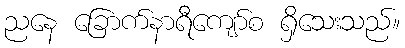
ညနေ ခြောက်နာရီကျော်စ ရှိသေးသည်။